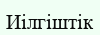
Иілгіштік